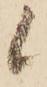
候